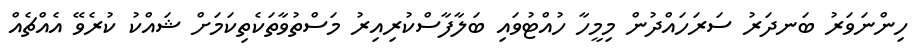
ހިންނަވަރު ބަނދަރު ސަރަހައްދުން މިމީހާ ހުއްޓުވައި ބަލާފާސްކުރިއިރު މަސްތުވާތަކެތިކަމަށް ޝައްކު ކުރެވޭ އެއްޗެއް